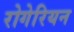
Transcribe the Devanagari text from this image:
रोगेरियन